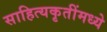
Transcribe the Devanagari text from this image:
साहित्यकृतींमध्ये